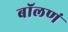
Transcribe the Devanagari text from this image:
बॉलणं